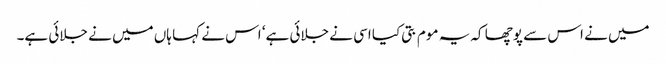
میں نے اس سے پوچھا کہ یہ موم بتی کیا اسی نے جلائی ہے‘ اس نے کہا ہاں میں نے جلائی ہے۔